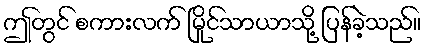
ဤတွင် စကားလက် မြိုင်သာယာသို့ ပြန်ခဲ့သည်။